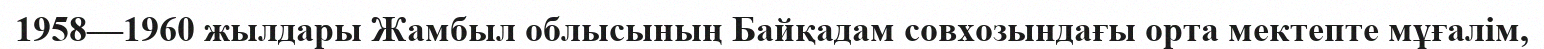
1958—1960 жылдары Жамбыл облысының Байқадам совхозындағы орта мектепте мұғалім,